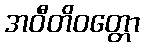
အဝီတိဝတ္တော